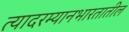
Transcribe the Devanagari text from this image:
त्यादरम्यानभारतातील